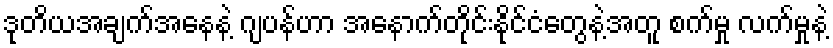
ဒုတိယအချက်အနေနဲ့ ဂျပန်ဟာ အနောက်တိုင်းနိုင်ငံတွေနဲ့အတူ စက်မှု လက်မှုနဲ့